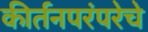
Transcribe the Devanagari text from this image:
कीर्तनपरंपरेचे